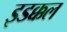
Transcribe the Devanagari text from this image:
इडक्कल